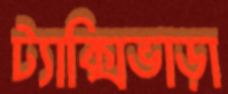
ট্যাক্সিভাড়া